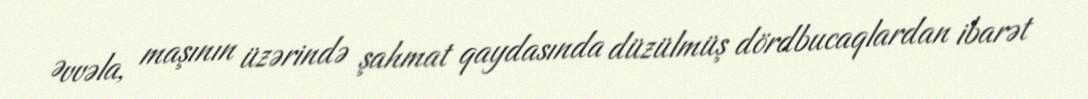
Əvvəla, maşının üzərində şahmat qaydasında düzülmüş dördbucaqlardan ibarət